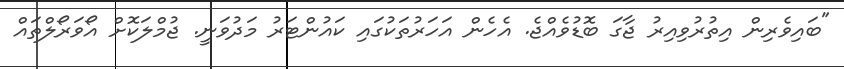
"ބައިވެރިން އިތުރުވިއިރު ޖާގަ ބޮޑުވެއްޖެ. އެހެން އަހަރުތަކުގައި ކައުންޓަރު މަދުވަނީ. ޖުމްލަކޮށް އޯވަރޯލްތައް